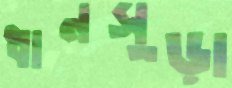
ধানসুড়া